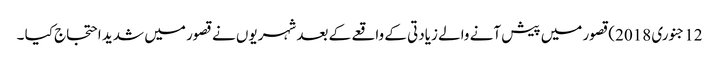
12جنوری 2018)قصور میں پیش آنے والے زیادتی کے واقعے کے بعد شہریوں نے قصور میں شدید احتجاج کیا ۔